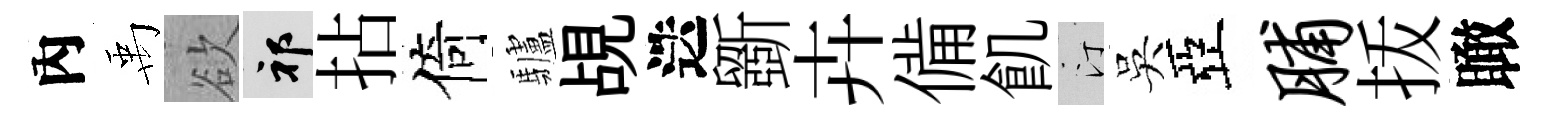
內禹欲祁拈倚驢覘迭斵卉備飢汀吳亞脯㧞瞰